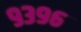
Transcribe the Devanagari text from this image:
९३९६